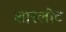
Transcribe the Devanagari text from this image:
शारलोट